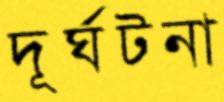
দূর্ঘটনা